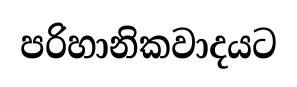
පරිහානිකවාදයට